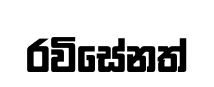
රවිසේනත්